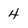
Character: 4